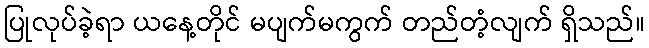
ပြုလုပ်ခဲ့ရာ ယနေ့တိုင် မပျက်မကွက် တည်တံ့လျက် ရှိသည်။